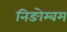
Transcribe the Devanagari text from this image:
निङोम्बम